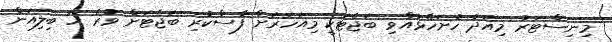
މިނިސްޓަރު މިއަދު ހުށަހެޅުއްވި ބަޖެޓަކީ މިއަހަރަށް ފާސްކުރި ބަޖެޓަށް ވުރެ ހަ ބިލިއަން